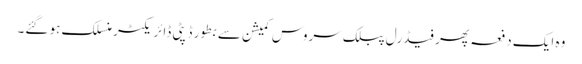
وہ ایک دفعہ پھر فیڈرل پبلک سروس کمیشن سے بطور ڈپٹی ڈائر یکٹر منسلک ہو گئے۔